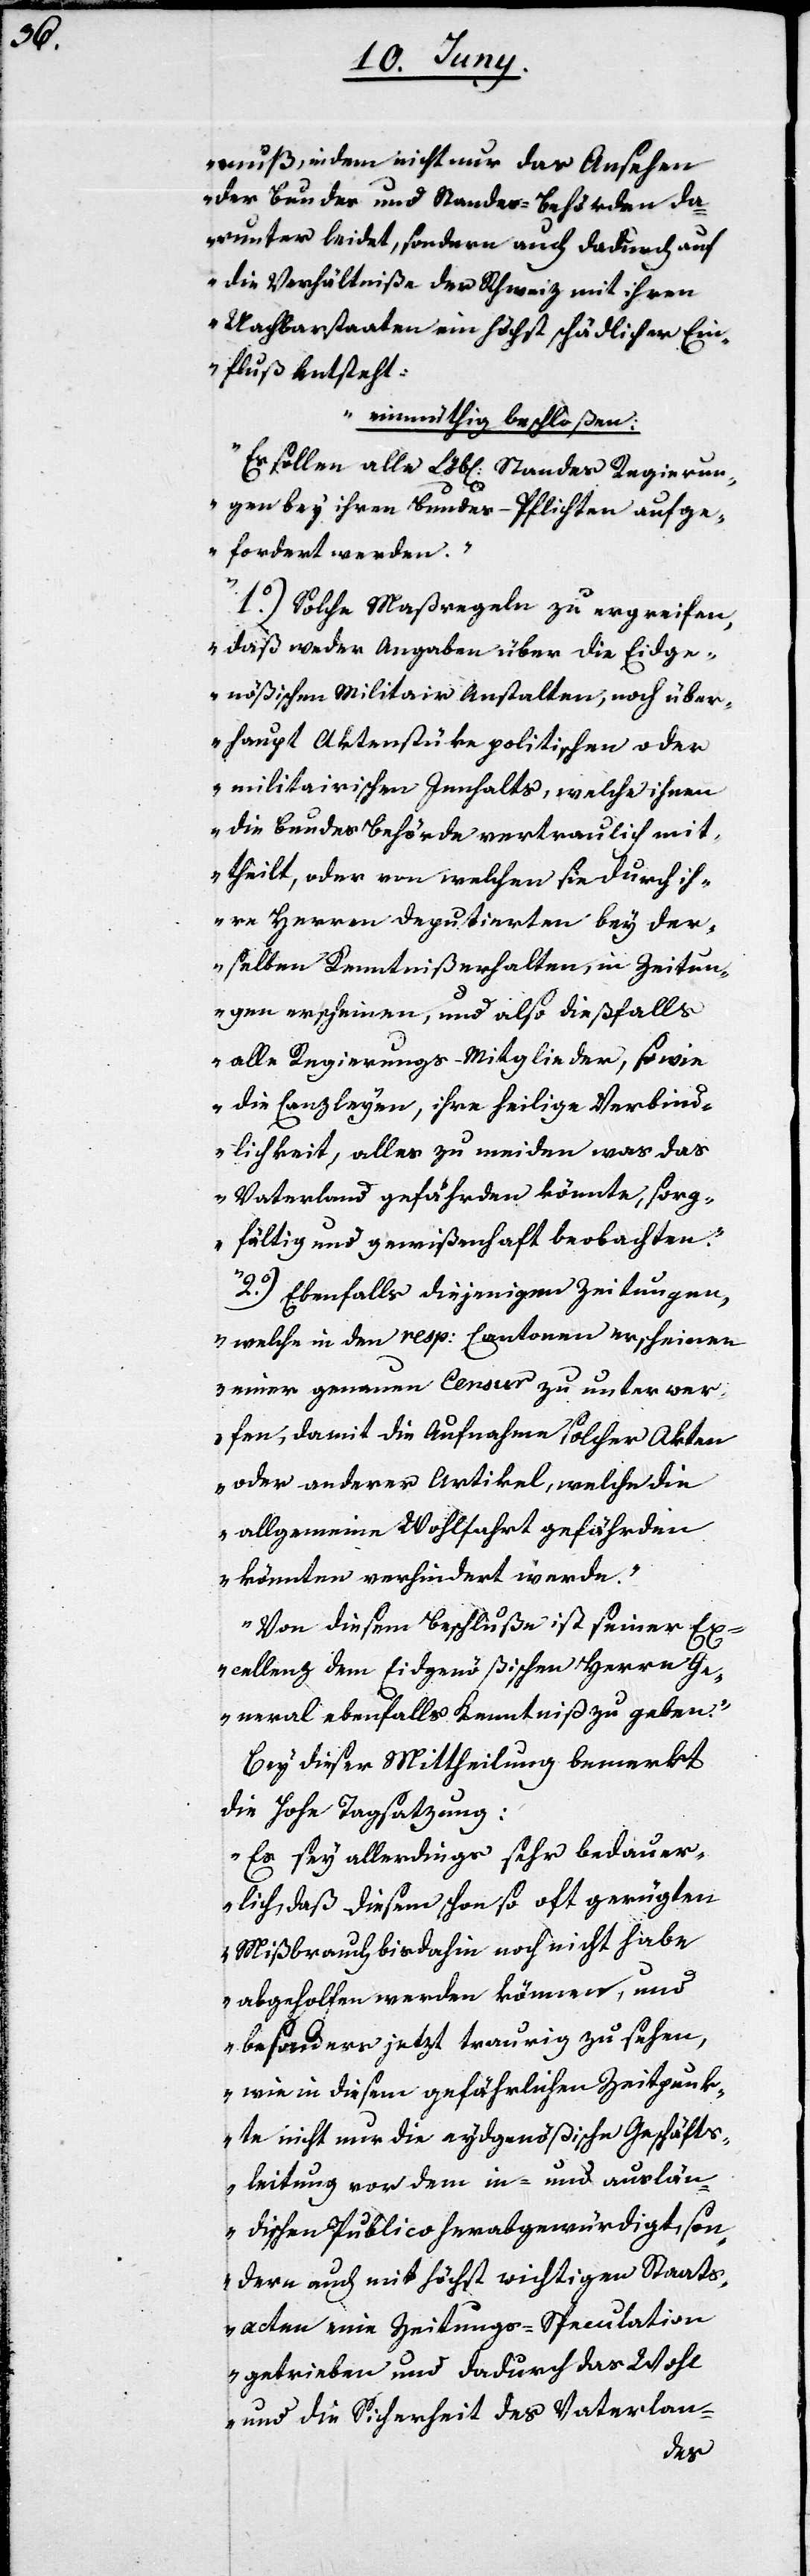
muß, indem nicht nur das Ansehen
der Bundes und Standes-Behörden da¬
runter leidet, sondern auch dadurch auf
die Verhältniße der Schweiz mit ihren
Nachbarstaaten ein höchst schädlicher Ein¬
fluß entsteht:
einmütig beschloßen:
Es sollen alle Löbl. Standes Regierun¬
gen bey ihren Bundes-Pflichten aufge¬
fordert werden.
1o) Solche Maaßregeln zu ergreifen,
daß weder Angaben über die Eydge¬
nößischen Militair Anstalten, noch über¬
haupt Actenstücke politischen oder
militairischen Innhalts, welche ihnen
die Bundebehörde vertraulich mit¬
theilt, oder von welchen sie durch ih¬
re Herren Deputierten bey der¬
selben Kenntniß erhalten, in Zeitun¬
gen erscheinen, und also dießfalls
alle Regierungs-Mitglieder sowie
die Canzleyen, ihre heilige Verbind¬
lichkeit alles zu meiden was dem
Vaterland gefährlich werden könnte, sorg¬
fältig und gewißenhaft beobachten.
2o) Ebenfalls diejenigen Zeitungen,
welche in den resp. Cantonen erscheinen
einer genauen Censur zu unterwer¬
fen, damit die Aufnahme solcher Akten
oder anderer Artikel, welche die
allgemeine Wohlfahrt gefährden
könnten verhindert werde.
Von diesem Beschluße ist seiner Ex¬
cellenz dem Eidgenößischen Herrn Ge¬
neral ebenfalls Kenntniß zu geben.“
Bey dieser Mittheilung bemerkt
die Hohe Tagsatzung:
„Es sey allerdings sehr bedauer¬
lich, daß diesem schon oft gerügten
Mißbrauch bis dahin noch nicht habe
abgeholfen werden können, und
besonders jetzt traurig zu sehen,
wie in diesem gefährlichen Zeitpunk¬
te nicht nur die eydgenößische Geschäfts¬
leitung vor dem in- und auslän¬
dischen Publico herabgewürdigt, son¬
dern auch mit höchst wichtigen Staats¬
acten eine Zeitungs-Speculation
getrieben und dadurch das Wohl
und die Sicherheit des Vaterlan-